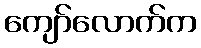
ကျော်လောက်က